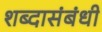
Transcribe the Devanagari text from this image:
शब्दासंबंधी